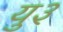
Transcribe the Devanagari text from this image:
यु३